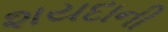
શયદાની